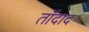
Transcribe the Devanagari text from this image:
ताँदाद